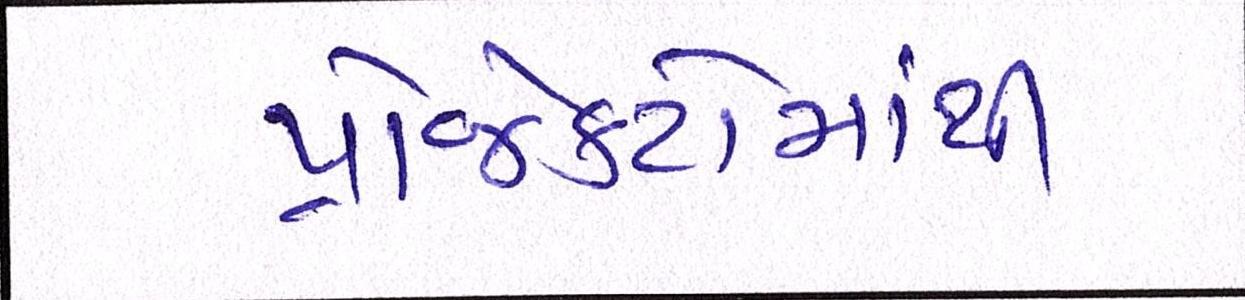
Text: પ્રોજેક્ટોમાંથી